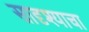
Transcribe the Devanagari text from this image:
सादृश्याचा